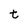
Character: t